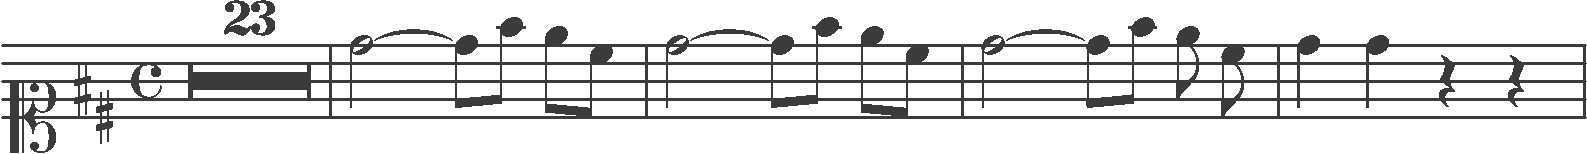
Transcription: clef-C1 keySignature-DM timeSignature-C multirest-23 barline note-D5_half tie note-D5_eighth note-F#5_eighth note-E5_eighth note-C#5_eighth barline note-D5_half tie note-D5_eighth note-F#5_eighth note-E5_eighth note-C#5_eighth barline note-D5_half tie note-D5_eighth note-F#5_eighth note-E5_eighth note-C#5_eighth barline note-D5_quarter note-D5_quarter rest-quarter rest-quarter barline